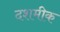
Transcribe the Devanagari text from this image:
दशमीक